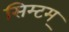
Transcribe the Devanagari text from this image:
सिम्टम्